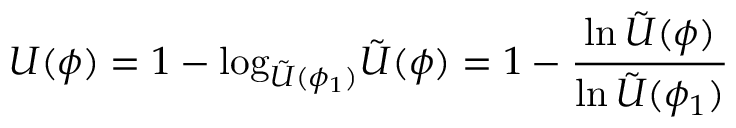
U ( \phi ) = 1 - \mathrm { l o g } _ { \tilde { U } ( \phi _ { 1 } ) } \tilde { U } ( \phi ) = 1 - \frac { \mathrm { l n } \, \tilde { U } ( \phi ) } { \mathrm { l n } \, \tilde { U } ( \phi _ { 1 } ) }